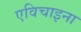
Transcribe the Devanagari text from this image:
एविचाइना